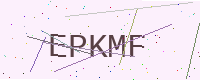
Text: EPKMF